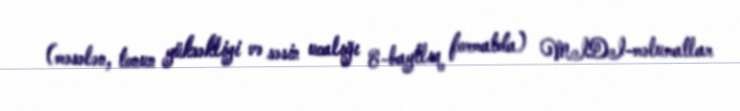
(məsələn, tonun yüksəkliyi və səsin ucalığı 8-baytlıq formatda) MIDI-məlumatlar